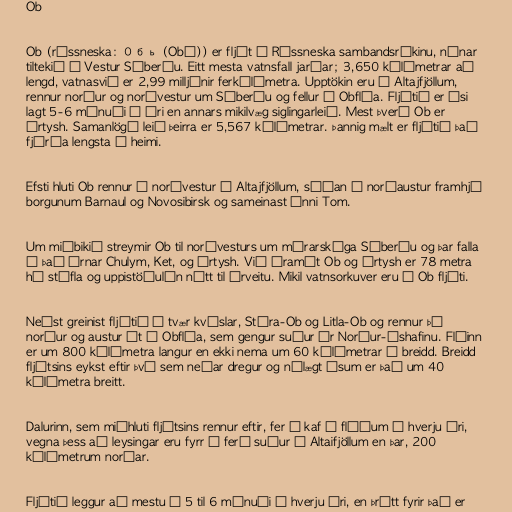
Ob

Ob (rússneska: Обь (Obʹ)) er fljót í Rússneska sambandsríkinu, nánar
tiltekið í Vestur Síberíu. Eitt mesta vatnsfall jarðar; 3,650 kílómetrar að
lengd, vatnasvið er 2,99 milljónir ferkílómetra. Upptökin eru í Altajfjöllum,
rennur norður og norðvestur um Síberíu og fellur í Obflóa. Fljótið er ísi
lagt 5-6 mánuði á ári en annars mikilvæg siglingarleið. Mest þverá Ob er
Írtysh. Samanlögð leið þeirra er 5,567 kílómetrar. Þannig mælt er fljótið það
fjórða lengsta í heimi.

Efsti hluti Ob rennur í norðvestur í Altajfjöllum, síðan í norðaustur framhjá
borgunum Barnaul og Novosibirsk og sameinast ánni Tom.

Um miðbikið streymir Ob til norðvesturs um mýrarskóga Síberíu og þar falla
í það árnar Chulym, Ket, og Írtysh. Við áramót Ob og Írtysh er 78 metra
há stífla og uppistöðulón nýtt til árveitu. Mikil vatnsorkuver eru í Ob fljóti.

Neðst greinist fljótið í tvær kvíslar, Stóra-Ob og Litla-Ob og rennur þá
norður og austur út í Obflóa, sem gengur suður úr Norður-Íshafinu. Flóinn
er um 800 kílómetra langur en ekki nema um 60 kílómetrar á breidd. Breidd
fljótsins eykst eftir því sem neðar dregur og nálægt ósum er það um 40
kílómetra breitt.

Dalurinn, sem miðhluti fljótsins rennur eftir, fer á kaf í flóðum á hverju ári,
vegna þess að leysingar eru fyrr á ferð suður í Altaifjöllum en þar, 200
kílómetrum norðar.

Fljótið leggur að mestu í 5 til 6 mánuði á hverju ári, en þrátt fyrir það er